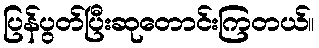
ပြန်ပွတ်ပြီးဆုတောင်းကြတယ်။